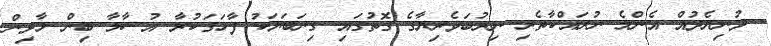
ދުނިޔެދުއް އެންމެ ނުރައްކާތެރި ނިރުބަވެރިޔާގެ ގޮތުގައި ގިނަބަޔަކު ފާހަގަކުރާ އުސާމާ ބިން ލާދިން